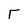
Character: r